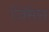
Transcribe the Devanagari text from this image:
जिमेस